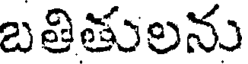
బతితులను